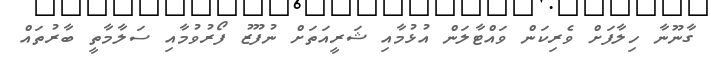
ގާނޫނާ ހިލާފަށް ވެރިކަން ވައްޓާލަން އުޅުމާއި ޝަރީއަތަށް ނުފޫޒު ފޯރުވުމާއި ސަލާމާތީ ބާރުތައް